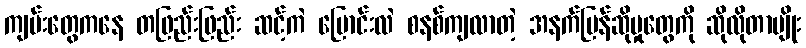
ကျမ်းတွေကနေ တဖြည်းဖြည်း ဆင့်ကဲ ပြောင်းလဲ စနစ်ကျလာတဲ့ အနက်ပြန်ဆိုမှုတွေကို ဆိုလိုတာမျိုး